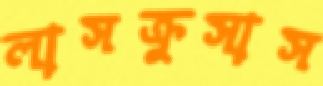
লাসক্রুসাস